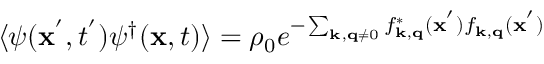
\langle \psi ( { \bf { x } } ^ { ' } , t ^ { ' } ) \psi ^ { \dagger } ( { \bf { x } } , t ) \rangle = \rho _ { 0 } e ^ { - \sum _ { { \bf { k } } , { \bf { q } } \neq 0 } f _ { { \bf { k } } , { \bf { q } } } ^ { * } ( { \bf { x } } ^ { ' } ) f _ { { \bf { k } } , { \bf { q } } } ( { \bf { x } } ^ { ' } ) }